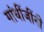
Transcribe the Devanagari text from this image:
गांधींजींनी